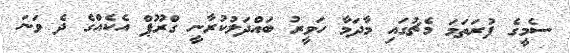
ސެމީގެ ފުރަތަމަ މެޗުގައި މާދަމާ ހަވީރު ބައްދަލުކުރާނީ ގްރޫޕް އެކެއްގެ ދެ ވަނަ